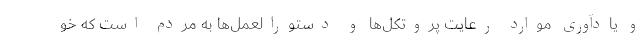
و یادآوری موارد رعایت پروتکل‌ها و دستورالعمل‌ها به مردم است که خو